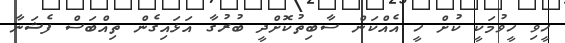
ހީވި ހީވުމަކީ ކުށް ހީ އެއްކަން ސާބިތުކޮށްދީ ބުރުގާ އަޅައިގެން ތިއްބަސް ފެޝަނާ